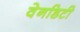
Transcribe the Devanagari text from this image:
वेनडिटी